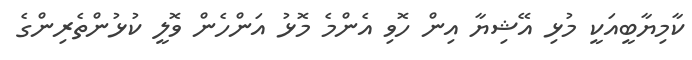
ކާމިޔާބީއަކީ މުޅި އޭޝިޔާ އިން ހޮވި އެންމެ މޮޅު އަންހެން ވޮލީ ކުޅުންތެރިންގެ